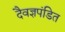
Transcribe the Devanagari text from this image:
दैवज्ञपंडित